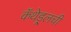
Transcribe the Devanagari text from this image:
कॅथेड्र्लची